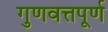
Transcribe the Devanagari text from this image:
गुणवत्तपूर्ण